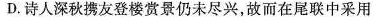
D.诗人深秋携友登楼赏景仍未尽兴，故而在尾联中采用